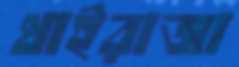
থাইরাজা